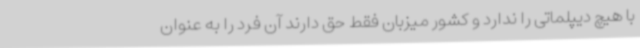
با هیچ دیپلماتی را ندارد و کشور میزبان فقط حق دارند آن فرد را به عنوان